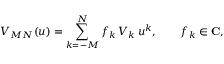
V _ { M N } ( u ) = \sum _ { k = - M } ^ { N } f _ { k } \, { \cal V } _ { k } \, u ^ { k } , \qquad f _ { k } \in { \bf C } ,